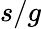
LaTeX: s/g